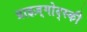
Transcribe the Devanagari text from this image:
प्राइज़्गोद्स्की